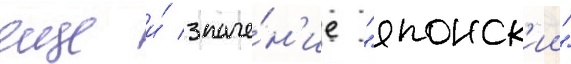
еще и́ значе́н'ие "японск'ии"